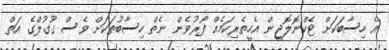
އެ ހިސާބަކަށް ޓެކްނޮލޮޖީން އެހީތެރިކަމެއް ފޯރުވެން ނެތް ހިސާބުތަކަށް ވެސް ގޫގުލްގެ އަތް